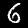
Label: 6